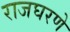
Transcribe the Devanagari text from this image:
राजघरणे